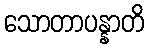
သောတာပန္နာတိ